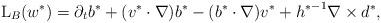
LaTeX: \begin{align*}\mathrm{L}_{B}(w^*)=\partial_{t}b^* + (v^*\cdot\nabla)b^*-(b^*\cdot\nabla)v^*+{h^*}^{-1}\nabla\times d^*,\end{align*}